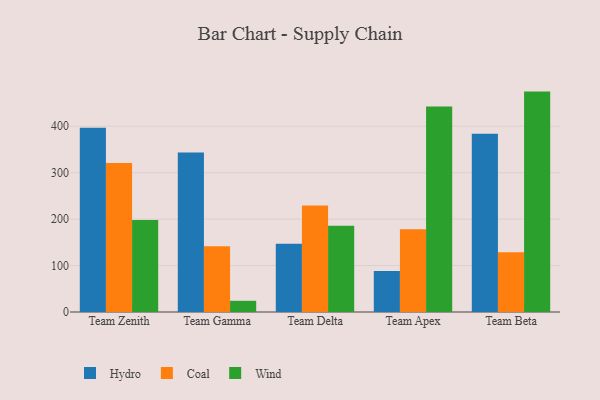
{"axis": {"x": "Team", "y": "Page Views"}, "legend": ["Coal", "Hydro", "Wind"], "data": [{"x": "Team Zenith", "y": 396.5, "type": "Hydro"}, {"x": "Team Zenith", "y": 321.1, "type": "Coal"}, {"x": "Team Zenith", "y": 197.9, "type": "Wind"}, {"x": "Team Gamma", "y": 343.5, "type": "Hydro"}, {"x": "Team Gamma", "y": 141.7, "type": "Coal"}, {"x": "Team Gamma", "y": 24.1, "type": "Wind"}, {"x": "Team Delta", "y": 146.7, "type": "Hydro"}, {"x": "Team Delta", "y": 229.5, "type": "Coal"}, {"x": "Team Delta", "y": 185.8, "type": "Wind"}, {"x": "Team Apex", "y": 88.3, "type": "Hydro"}, {"x": "Team Apex", "y": 178.4, "type": "Coal"}, {"x": "Team Apex", "y": 442.3, "type": "Wind"}, {"x": "Team Beta", "y": 384.0, "type": "Hydro"}, {"x": "Team Beta", "y": 128.4, "type": "Coal"}, {"x": "Team Beta", "y": 474.6, "type": "Wind"}]}